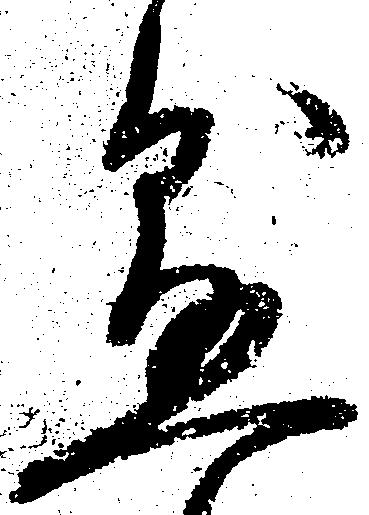
懸